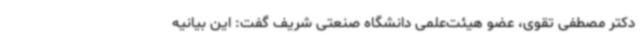
دکتر مصطفی تقوی، عضو هیئت‌علمی دانشگاه صنعتی شریف گفت: این بیانیه